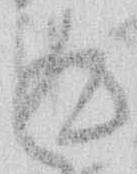
返